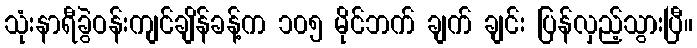
သုံးနာရီခွဲဝန်းကျင်ချိန်ခန့်က ၁၀၅ မိုင်ဘက် ချက် ချင်း ပြန်လှည့်သွားပြီ။